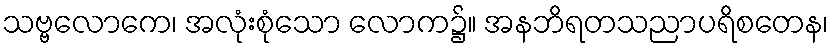
သဗ္ဗလောကေ၊ အလုံးစုံသော လောက၌။ အနဘိရတသညာပရိစတေန၊